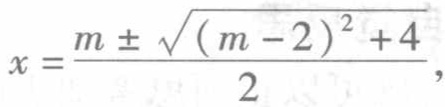
\[x = \frac{m \pm \sqrt{(m - 2)^2 + 4}}{2},\]